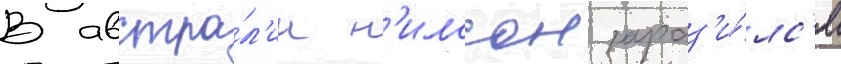
В австра́л'ии н'илссон зараз'и́лс'я